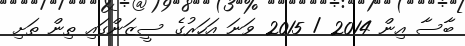
ބާސާ އިން 2014 / 2015 ވަނަ އަަހަރުގެ ސީޒަންގައި ތިން ތަށި